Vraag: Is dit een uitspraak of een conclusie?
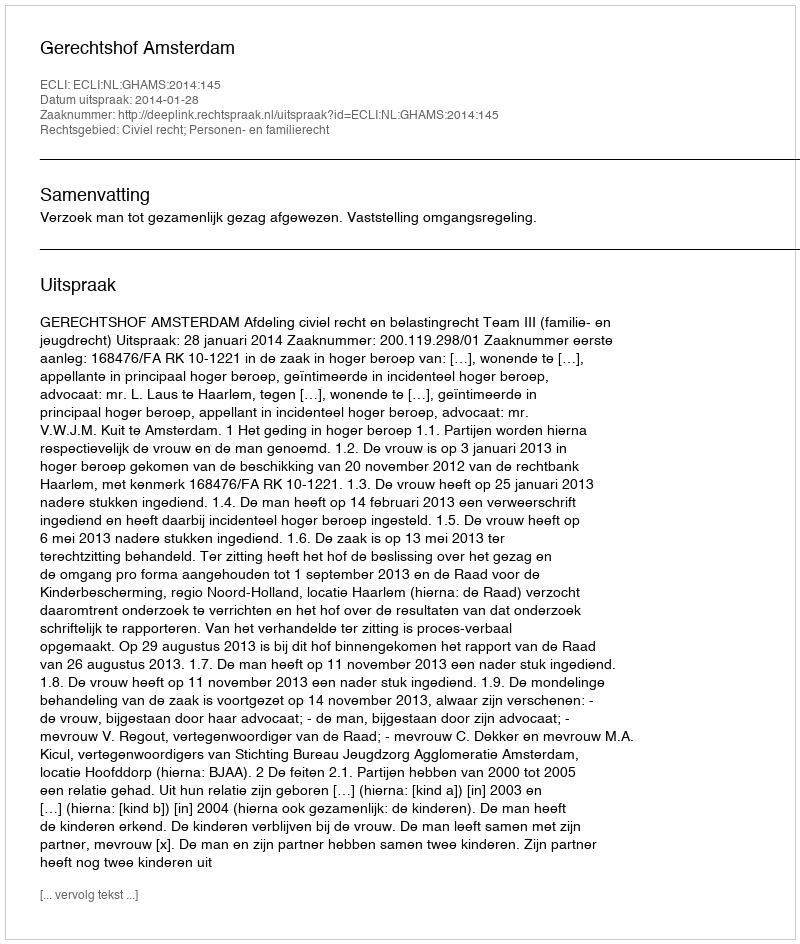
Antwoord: Uitspraak